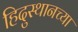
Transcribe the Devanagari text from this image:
हिदुस्थानच्या